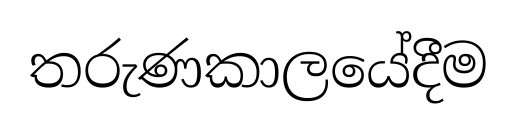
තරුණකාලයේදීම